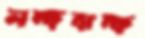
লম্ফঝম্ফ